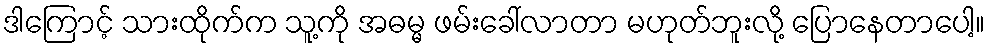
ဒါကြောင့် သားထိုက်က သူ့ကို အဓမ္မ ဖမ်းခေါ်လာတာ မဟုတ်ဘူးလို့ ပြောနေတာပေါ့။